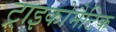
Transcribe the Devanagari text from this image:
ट्राइकोमैटिक